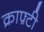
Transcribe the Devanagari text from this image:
क्राफ़्टी